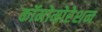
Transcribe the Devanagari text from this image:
कॉमोमोरेशन